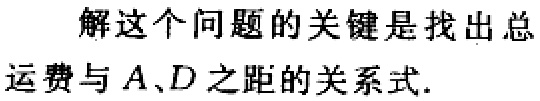
解这个问题的关键是找出总

运费与 \(A、D\) 之距的关系式.